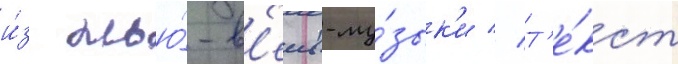
и́з нью́-в'еив-му́зык'и // Т'е́кст